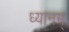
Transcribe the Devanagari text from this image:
ध्यानम्